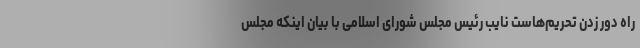
راه دور زدن تحریم‌هاست نایب رئیس مجلس شورای اسلامی با بیان اینکه مجلس